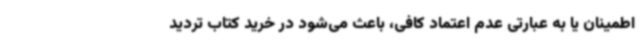
اطمینان یا به عبارتی عدم اعتماد کافی، باعث می‌شود در خرید کتاب تردید